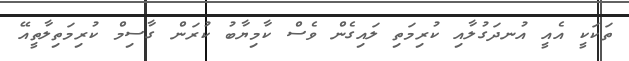
ތަކަކީ އެއީ އުނދަގުލާއި ކުރިމަތި ލައިގެން ވެސް ކާމިޔާބު ކުރަން ގާސިމް ކުރިމަތިލާތީއޭ